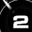
Digit: 2